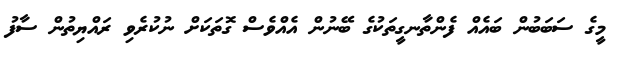
މީގެ ސަބަބުން ބައެއް ފެންތާނގީތަކުގެ ބޭނުން އެއްވެސް ގޮތަކަށް ނުކުރެވި ރައްޔިތުން ސާފު